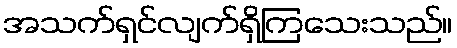
အသက်ရှင်လျက်ရှိကြသေးသည်။